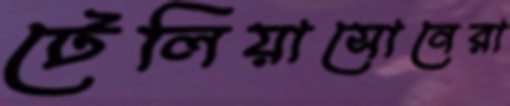
টেলিয়াসোনেরা